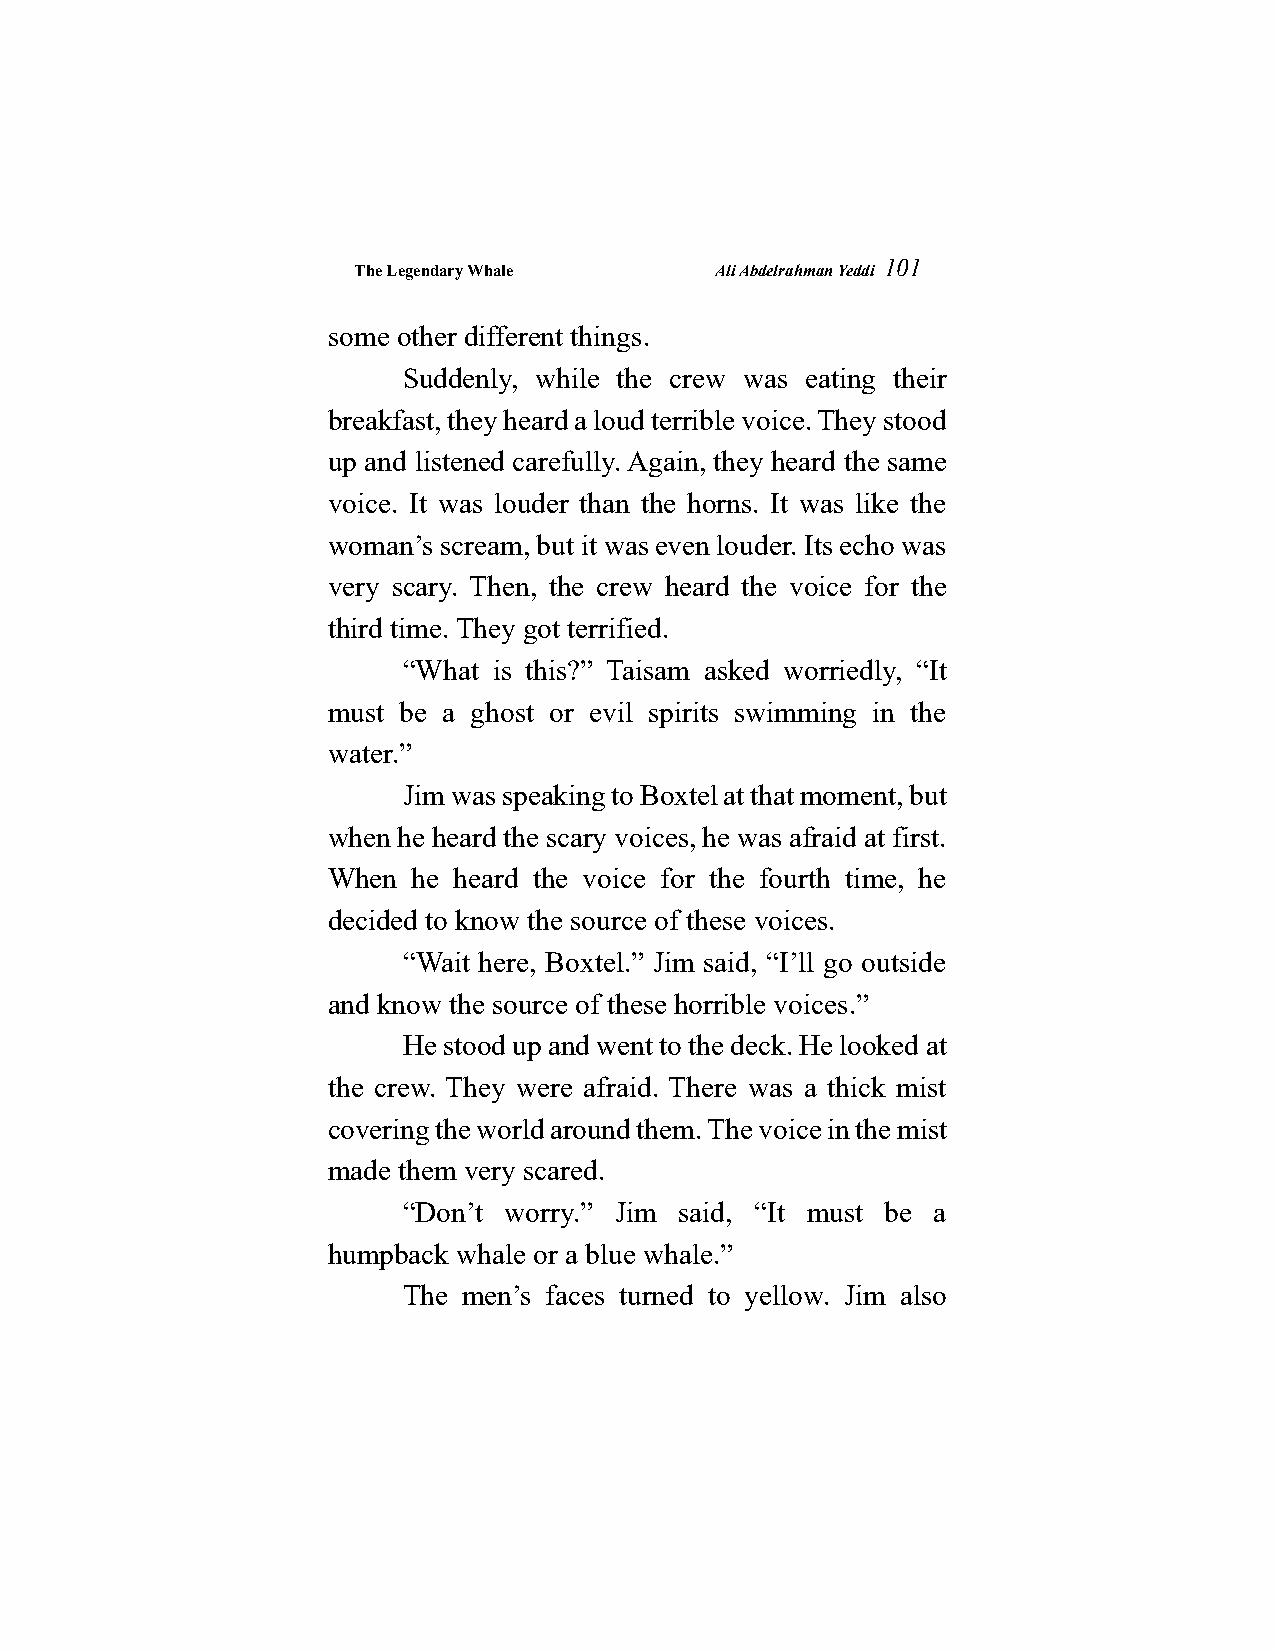
The Legendary Whale     Ali Abdelrahman Yeddi
 101
 some other different things.
 Suddenly, while the crew was eating their
 breakfast, they heard a loud terrible voice. They stood
 up and listened carefully. Again, they heard the same
 voice. It was louder than the horns. It was like the
 woman’s scream, but it was even louder. Its echo was
 very scary. Then, the crew heard the voice for the
 third time. They got terrified.
 “What is this?” Taisam asked worriedly, “It
 must be a ghost or evil spirits swimming in the
 water.”
 Jim was speaking to Boxtel at that moment, but
 when he heard the scary voices, he was afraid at first.
 When he heard the voice for the fourth time, he
 decided to know the source of these voices.
 “Wait here, Boxtel.” Jim said, “I’ll go outside
 and know the source of these horrible voices.”
 He stood up and went to the deck. He looked at
 the crew. They were afraid. There was a thick mist
 covering the world around them. The voice in the mist
 made them very scared.
 “Don’t worry.” Jim said, “It must be a
 humpback whale or a blue whale.”
 The men’s faces turned to yellow. Jim also